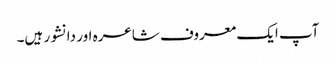
آپ ایک معروف شاعرہ اور دانشور ہیں۔